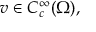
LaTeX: v \in C _ { c } ^ { \infty } ( \Omega ) ,